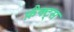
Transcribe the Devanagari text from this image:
फ़ैक्ट्स